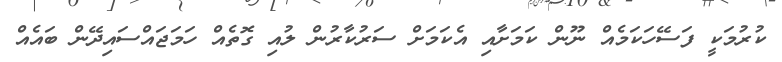
ކުރުމަކީ ފަސޭހަކަމެއް ނޫން ކަމަށާއި އެކަމަށް ސަރުކާރުން ލުއި ގޮތެއް ހަމަޖައްސައިދޭން ބައެއް